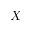
X